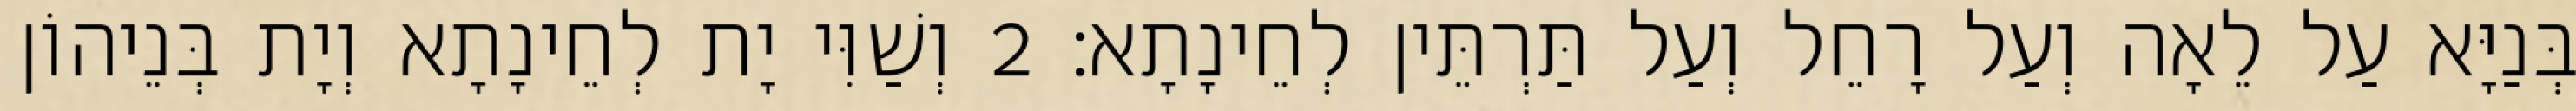
בְּנַיָּא עַל לֵאָה וְעַל רָחֵל וְעַל תַּרְתֵּין לְחֵינָתָא׃ 2 וְשַׁוִּי יָת לְחֵינָתָא וְיָת בְּנֵיהוֹן